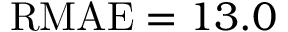
\mathrm { R M A E } = 1 3 . 0 \